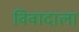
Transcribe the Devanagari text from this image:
विवादाला